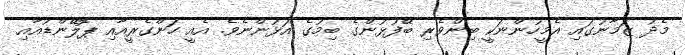
މެދު ޒަމާނުގައި އެމީހުންނަކީ ބިންވެރި ބޭފުޅުންގެ ބިމުގެ އަޅުންނެވެ. އެއީ ހަންގެރީއާއި ޕޮލޭންޑުއާއި